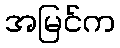
အမြင်က